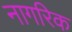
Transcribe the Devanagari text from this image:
नागरिक